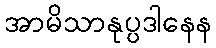
အာမိသာနုပ္ပဒါနေန